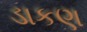
ડાકણ